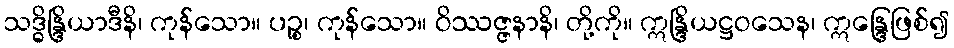
သဒ္ဓိန္ဒြိယာဒီနိ၊ ကုန်သော။ ပဉ္စ၊ ကုန်သော။ ဝိဿဇ္ဇနာနိ၊ တို့ကို။ ဣန္ဒြိယဋ္ဌဝသေန၊ ဣန္ဒြေဖြစ်၍